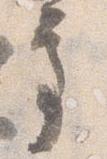
亭